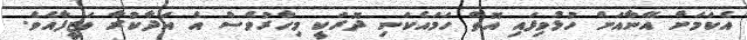
އެކަމަށް އޭނާއަށް ހުޅުވިފައި އޮތް ހަމައެކަނި ދޮރަކީ މިހާރުވެސް އެ އަދާކުރާ ވަޒީފާއެވެ.